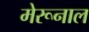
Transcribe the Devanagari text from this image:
मेरूनाल